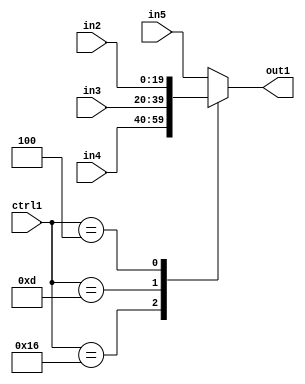
`timescale 1ps / 1ps
/*****************************************************************************
    Verilog RTL Description
    
    
    Created by: Stratus DpOpt 21.05.01 
*******************************************************************************/

module SobelFilter_N_Mux_20_4_8_1 (
	in5,
	in4,
	in3,
	in2,
	ctrl1,
	out1
	); /* architecture "behavioural" */ 
input [19:0] in5,
	in4,
	in3,
	in2;
input [4:0] ctrl1;
output [19:0] out1;
wire [19:0] asc001;

reg [19:0] asc001_tmp_0;
assign asc001 = asc001_tmp_0;
always @ (ctrl1 or in4 or in3 or in2 or in5) begin
	casez (ctrl1)
		5'B10110 : asc001_tmp_0 = in4 ;
		5'B01101 : asc001_tmp_0 = in3 ;
		5'B00100 : asc001_tmp_0 = in2 ;
		default : asc001_tmp_0 = in5 ;
	endcase
end

assign out1 = asc001;
endmodule

/* CADENCE  v7f2TQ8= : u9/ySxbfrwZIxEzHVQQV8Q== ** DO NOT EDIT THIS LINE ******/